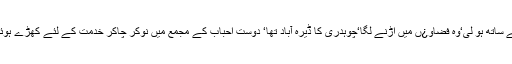
وہ بلا جھجھک اس کے ساتھ ہو لی‘وہ فضاو¿ں میں اڑنے لگا‘چوہدری کا ڈیرہ آباد تھا‘ دوست احباب کے مجمع میں نوکر چاکر خدمت کے لئے کھڑے ہوئے تھے‘چوہدری جی!